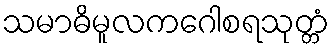
သမာဓိမူလကဂေါစရသုတ္တံ